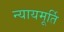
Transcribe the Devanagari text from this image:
न्‍यायमूर्ति